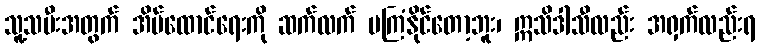
သူ့သမီးအတွက် အိမ်ထောင်ရေးကို ဆက်လက် မကြံနိုင်တော့ဘူး၊ ဣသိဒါသီလည်း အရှက်လည်းရ